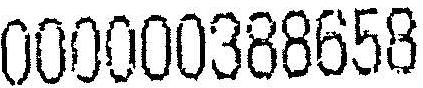
000000388658